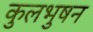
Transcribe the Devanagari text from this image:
कुलभुषन